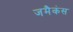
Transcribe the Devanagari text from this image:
जमैकंस